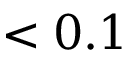
< 0 . 1